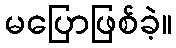
မပြောဖြစ်ခဲ့။